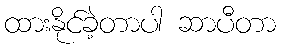
ထားနိုင်ခဲ့တာပါ ဆာပီတာ